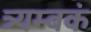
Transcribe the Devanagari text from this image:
त्र्यम्‍बकं